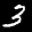
Label: 3